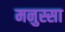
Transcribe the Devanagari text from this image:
मनुस्सा